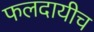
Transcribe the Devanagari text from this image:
फलदायीच